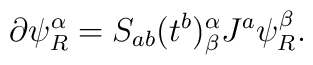
\partial\psi^\alpha_R=S_{ab}(t^b)^\alpha_\beta J^a\psi^\beta_R .